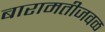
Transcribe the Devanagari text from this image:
बारामतीजवळ